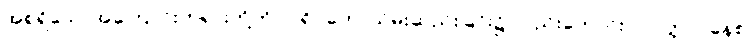
အစရှိသောအကြောင်းတရားတို့ကို။ ပရိဂ္ဂဟေ၊ သိမ်းဆည်းခြင်း၌ လည်းကောင်း။ ဝဝတ္တာပနေစ၊